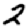
Digit: 2